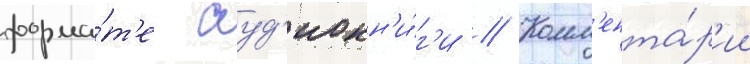
форма́т'е ауд'иокн'и́г'и // Комм'ента́р'ии